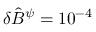
\delta \hat { B } ^ { \psi } = 1 0 ^ { - 4 }